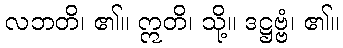
လဘတိ၊ ၏။ ဣတိ၊ သို့။ ဒဋ္ဌဗ္ဗံ၊ ၏။